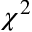
\chi ^ { 2 }